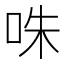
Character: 咮